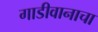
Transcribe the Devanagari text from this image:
गाडीवानाचा